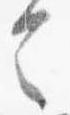
令